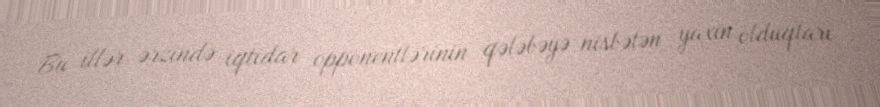
Bu illər ərzində iqtidar opponentlərinin qələbəyə nisbətən yaxın olduqları